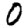
Digit: 0